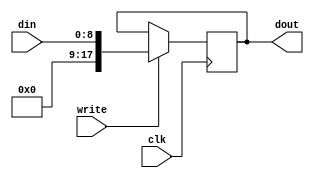
module TR (
    input clk,
    input write,
    input [8:0] din,
    output reg[17:0] dout = 18'b0
);

always @(posedge clk)
	begin
		if (write) dout <= {9'b0,din};
	end
endmodule